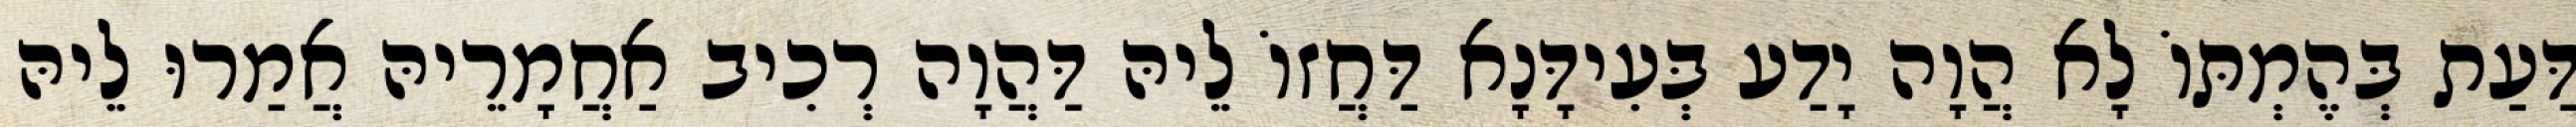
דַּעַת בְּהֶמְתּוֹ לָא הֲוָה יָדַע בְּעִידָּנָא דַּחֲזוֹ לֵיהּ דַּהֲוָה רְכִיב אַחֲמָרֵיהּ אֲמַרוּ לֵיהּ